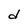
Character: d